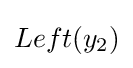
Left(y_{2})